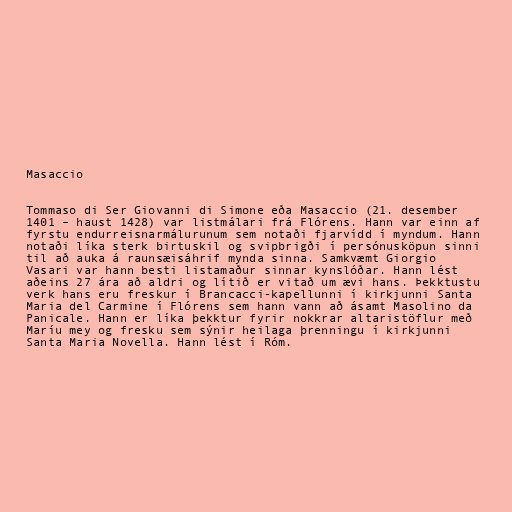
Masaccio

Tommaso di Ser Giovanni di Simone eða Masaccio (21. desember
1401 – haust 1428) var listmálari frá Flórens. Hann var einn af
fyrstu endurreisnarmálurunum sem notaði fjarvídd í myndum. Hann
notaði líka sterk birtuskil og svipbrigði í persónusköpun sinni
til að auka á raunsæisáhrif mynda sinna. Samkvæmt Giorgio
Vasari var hann besti listamaður sinnar kynslóðar. Hann lést
aðeins 27 ára að aldri og lítið er vitað um ævi hans. Þekktustu
verk hans eru freskur í Brancacci-kapellunni í kirkjunni Santa
Maria del Carmine í Flórens sem hann vann að ásamt Masolino da
Panicale. Hann er líka þekktur fyrir nokkrar altaristöflur með
Maríu mey og fresku sem sýnir heilaga þrenningu í kirkjunni
Santa Maria Novella. Hann lést í Róm.